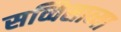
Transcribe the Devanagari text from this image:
सव्विसाव्या